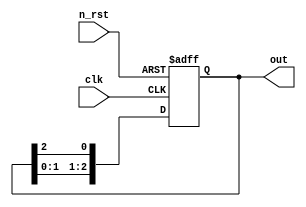
module counter_johnson(
  clk,
  n_rst,
  out
);

input clk;
input n_rst;
output reg [2:0] out;

always@(posedge clk or negedge n_rst)
begin
  if(!n_rst)
    out <= 3'b100;
  else 
  begin
    out[2] <= out[1];
    out[1] <= out[0];
    out[0] <= out[2];
    //out <= out[3:1];
    //out[2] <= 1'b1;
  end
end

endmodule